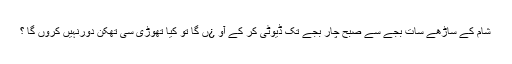
شام کے ساڑھے سات بجے سے صبح چار بجے تک ڈیوٹی کر کے آو ¿ں گا تو کیا تھوڑی سی تھکن دورنہیں کروں گا ؟